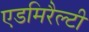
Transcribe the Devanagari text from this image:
एडमिरैल्टी